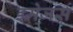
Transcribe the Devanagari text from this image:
इमेजर्स